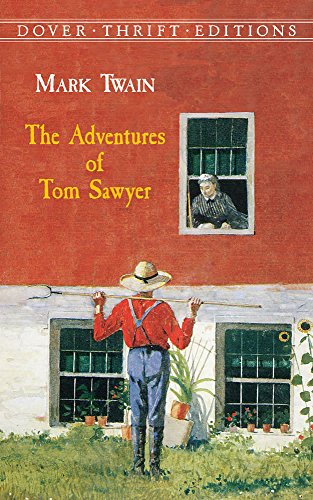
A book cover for The Adventures of Tom Sawyer (Dover Thrift Editions); Mark Twain; Literature & Fiction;